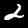
Label: 2